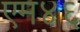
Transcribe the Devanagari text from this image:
एम४६